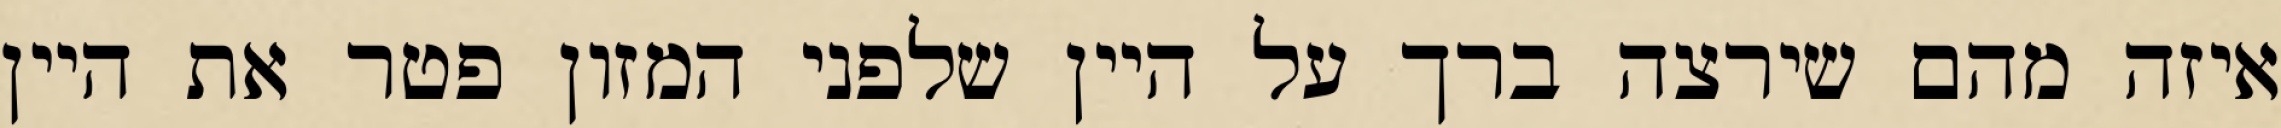
איזה מהם שירצה ברך על היין שלפני המזון פטר את היין